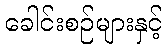
ခေါင်းစဉ်များနှင့်